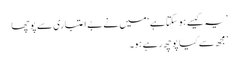
’ یہ کیسے ہو سکتا ہے ‘ میں نے بے اعتباری سے پوچھا
’ مجھ سے کیا پوچھ رہے ہو۔